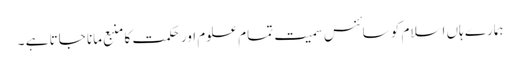
ہمارے ہاں اسلام کو سائنس سمیت تمام علوم اور حکمت کا منبع مانا جاتا ہے ۔